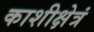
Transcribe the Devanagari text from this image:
काशीक्षेत्रं